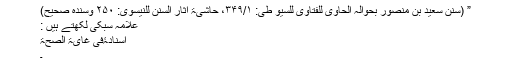
” (سنن سعید بن منصور بحوالہ الحاوی للفتاوی للسیو طی: ۳۴۹/۱، حاشیۃ آثار السنن للنیسوی: ۲۵۰ وسندہ صحیح)
علامہ سبکی لکھتے ہیں :
اسنادۂفی غایۃ الصّحّۃ
۔